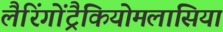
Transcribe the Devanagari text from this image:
लैरिंगोंट्रैकियोमलासिया